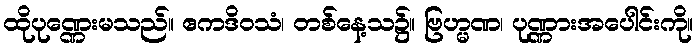
ထိုပုဏ္ဏေးမသည်။ ဧကဒိဝသံ၊ တစ်နေ့သ၌။ ဗြဟ္မဏ၊ ပုဏ္ဏားအပေါင်းကို။